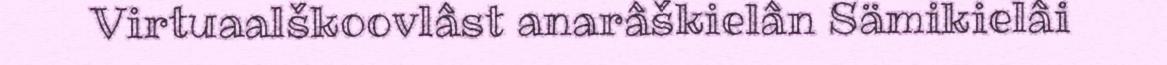
Virtuaalškoovlâst anarâškielân Sämikielâi